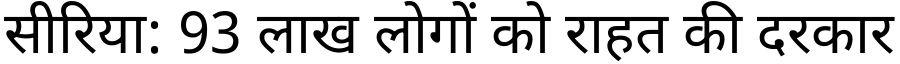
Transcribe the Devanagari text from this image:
सीरिया: 93 लाख लोगों को राहत की दरकार